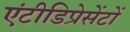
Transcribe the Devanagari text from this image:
एंटीडिप्रेसेंटों